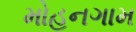
મોહનગામ